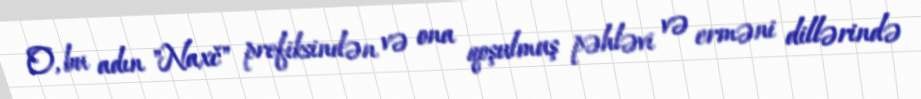
O, bu adın "Naxč" prefiksindən və ona qoşulmuş pəhləvi və erməni dillərində